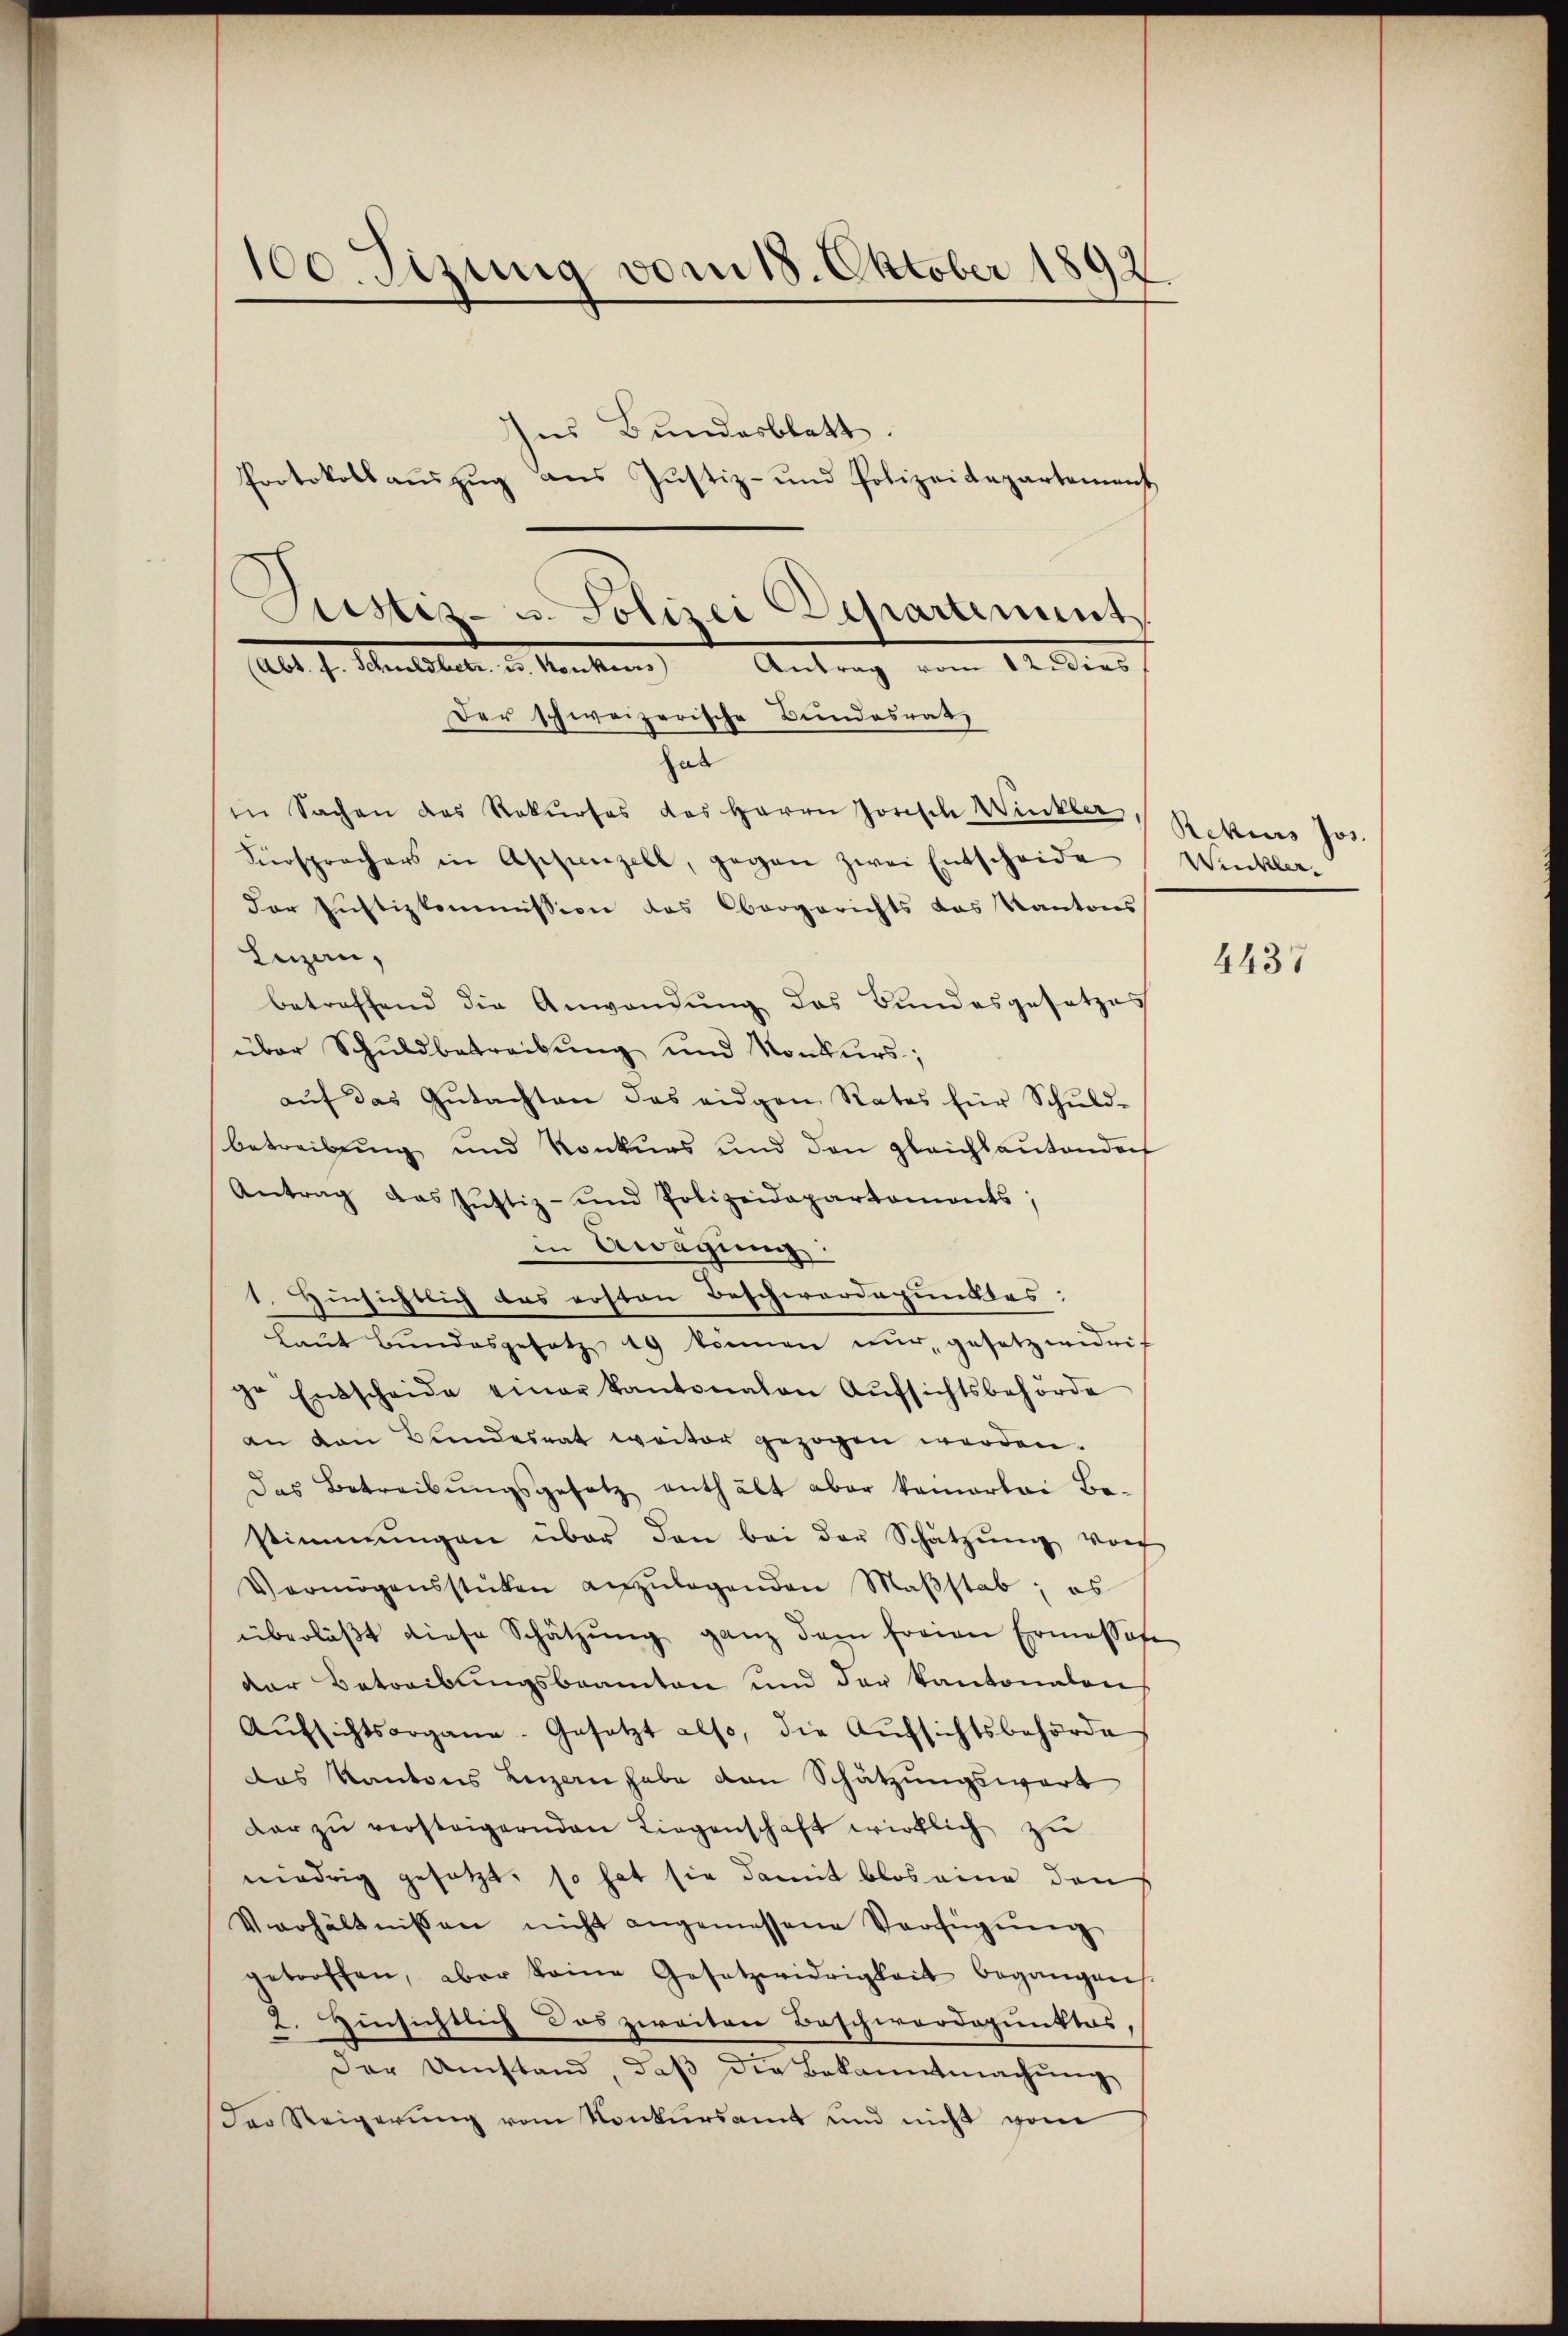
100. Sizung vom 18. Oktober 1892

Ins Bundesblatt.
Protokollaŭszŭg ans Justiz- und Polizeidepartement
Der schweizerische Bundesrat
hab
in Sachen des Rekŭrses des Herrn Josisch Winker Rekurs Jos.
Fürsprachers in Aschenzell, gegen zwei Entscheide
der Justizkommission des Obergerichts das Kantons
Luzern,
betreffend die Anwendung des Bundesgesetzes
über Schuldbetreibŭng und Konkurs;
aŭf das Gŭtachten das eidgen Rates für Schŭld-
betreibŭng und Konkurs und den gleichsantendoch
Antrag das Jŭstiz- und Polizeidepartaments;
in Awagung:
1. insichtlich das ersten Beschwerdepunktes:
Laŭt Bŭndesgesetz 19 können nur, gesetzwidrig
Sr. Entscheide einer Kantonalen Aŭfsichtsbehörde
an den Bundesrat weiter gezogen werden.
das Betreibŭngsgesetz enthält aber kamerlei Be-
stimmungen über den bei der Schatzŭng von
Vermögensstücken anzŭlagenden Maβstab; es
überläβt diese Schätzŭng ganz dem freien Ermessese
der Betreibungsbeamten und der Kantonalen
Aŭfsichtsorgane-Gesetzt also, die Aŭfsichtsbehörde
das Kantons Luzern habe von Schätzungswart
dar zŭ versteigernden Liegenschaft wirklich zu
niedrig gesetzt, so hat sie damit blos eine den
Verhältnissen nicht angemessene Verfügŭng
getroffen, aber keine Gesetzwidrigkeit begangen
2. Hinsichtlich das zweiten Beschwerdepunktes,
Der Umstand, daβ die Bekanntmachŭng
der Steigerung vom Konkursamt und nicht vom

Justiz- u. Polizei Departement
(als s. Mentober in Kranken Antrag vom 12. dies

Winkler.

4437